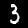
Digit: 3